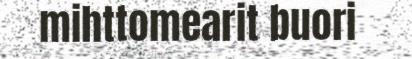
mihttomearit buori